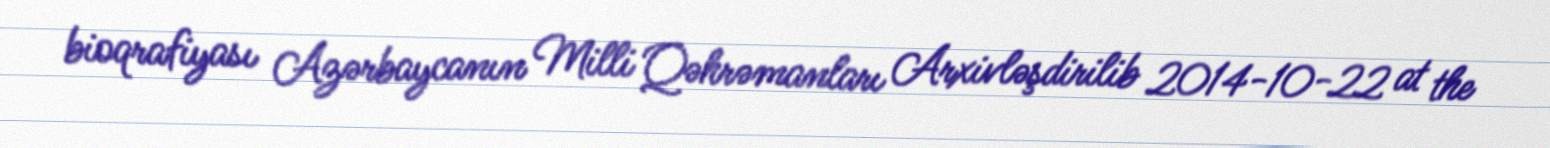
bioqrafiyası Azərbaycanın Milli Qəhrəmanları Arxivləşdirilib 2014-10-22 at the